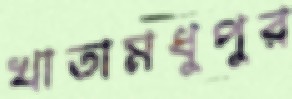
খাতামধুপুর